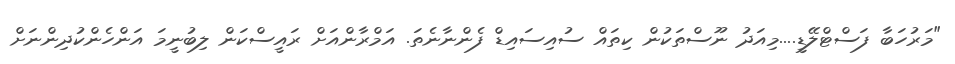
"މަރުހަބާ ފަސްޓްލޭޑީ....މިއަދު ނޫސްތަކުން ކިތައް ސުއިސައިޑް ފެންނާނެތަ. އަމްރާންއަށް ރައީސްކަން ލިބުނީމަ އަންހެންކުދިންނަށް